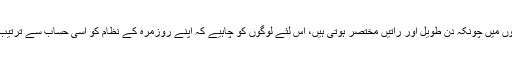
گرمیوں میں چونکہ دن طویل اور راتیں مختصر ہوتی ہیں، اس لئے لوگوں کو چاہیے کہ اپنے روزمرہ کے نظام کو اسی حساب سے ترتیب دیں۔